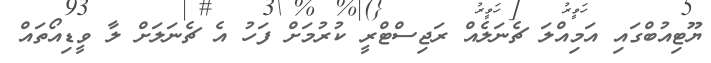
ޔޫޓިއުބްގައި އަމިއްލަ ޗެނަލެއް ރަޖިސްޓްރީ ކުރުމަށް ފަހު އެ ޗެނަލަށް ލާ ވީޑިއޯތައް